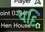
યદિ